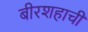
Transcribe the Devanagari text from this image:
बीरशहाची